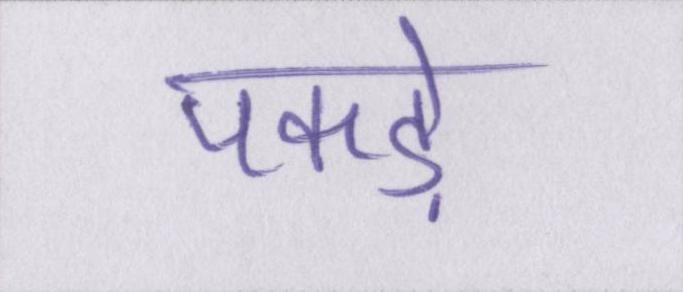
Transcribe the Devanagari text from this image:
पकड़े